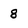
Character: 8